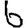
Digit: 6